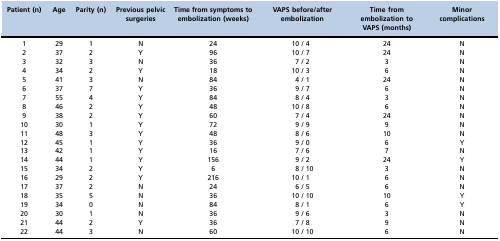
| Patient (n) | Age | Parity (n) | Previous pelvic surgeries | Time from symptoms to embolization (weeks) | VAPS before/after embolization | Time from embolization to VAPS (months) | Minor complications |
 | --- | --- | --- | --- | --- | --- | --- | --- |
 | 1 | 29 | 1 | N | 24 | 10 / 4 | 24 | N |
 | 2 | 37 | 2 | Y | 96 | 10 / 7 | 24 | N |
 | 3 | 32 | 3 | N | 36 | 7 / 2 | 3 | N |
 | 4 | 34 | 2 | Y | 18 | 10 / 3 | 6 | N |
 | 5 | 41 | 3 | N | 84 | 4 / 1 | 24 | N |
 | 6 | 37 | 7 | Y | 36 | 9 / 7 | 6 | N |
 | 7 | 55 | 4 | Y | 84 | 8 / 4 | 3 | N |
 | 8 | 46 | 2 | Y | 48 | 10 / 8 | 6 | N |
 | 9 | 38 | 2 | Y | 60 | 7 / 4 | 24 | N |
 | 10 | 30 | 1 | Y | 72 | 9 / 9 | 9 | N |
 | 11 | 48 | 3 | Y | 48 | 8 / 6 | 10 | N |
 | 12 | 45 | 1 | Y | 36 | 9 / 0 | 6 | Y |
 | 13 | 42 | 1 | Y | 16 | 7 / 6 | 7 | N |
 | 14 | 44 | 1 | Y | 156 | 9 / 2 | 24 | Y |
 | 15 | 34 | 2 | Y | 6 | 8 / 10 | 3 | N |
 | 16 | 29 | 2 | Y | 216 | 10 / 1 | 6 | N |
 | 17 | 37 | 2 | N | 24 | 6 / 5 | 6 | N |
 | 18 | 35 | 5 | N | 36 | 10 / 10 | 10 | Y |
 | 19 | 34 | 0 | N | 84 | 8 / 1 | 6 | Y |
 | 20 | 30 | 1 | N | 36 | 9 / 6 | 3 | N |
 | 21 | 44 | 2 | Y | 36 | 7 / 8 | 9 | N |
 | 22 | 44 | 3 | N | 60 | 10 / 10 | 6 | N |